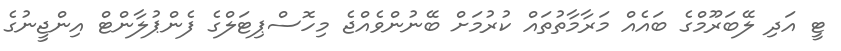
ޓީ އަދި ލޭބަރޫމްގެ ބައެއް މަރާމާތުތައް ކުރުމަށް ބޭނުންވެއްޖެ މިހޮސްޕިޓަލްގެ ފެންޕުލާންޓް އިންޖީނުގެ